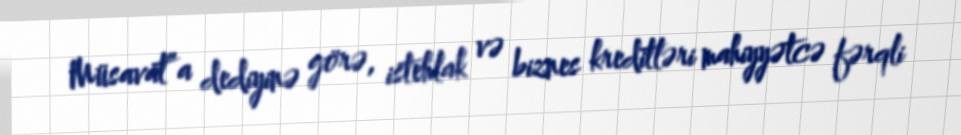
Müsavat”a dediyinə görə, istehlak və biznes kreditləri mahiyyətcə fərqli